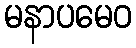
မနာပမေဝ